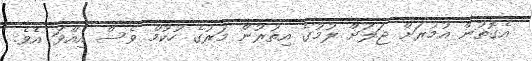
އެގޮތުން އުމުރަށް ޖަލަށް ލުމުގެ އިތުރުން މަރުގެ ހުކުމް ވެސް އިއްވަ އެވެ.